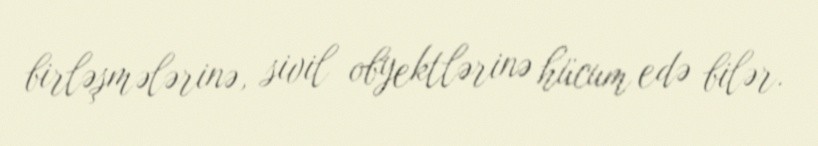
birləşmələrinə, sivil obyektlərinə hücum edə bilər.